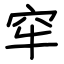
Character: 窂